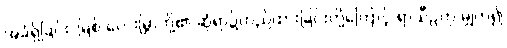
အခံရှိခြင်း၊ မြစ် လေးမြွာတို့၏ ဆုံရာ၌တည်ထားခြင်းတို့ကြောင့် ရာသီဥတု မျှတ၍